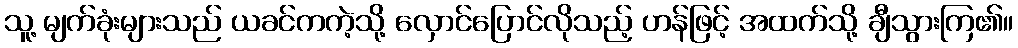
သူ့ မျက်ခုံးများသည် ယခင်ကကဲ့သို့ လှောင်ပြောင်လိုသည့် ဟန်ဖြင့် အထက်သို့ ချီသွားကြ၏။